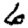
Digit: 6